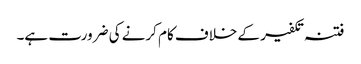
فتنہ تکفیر کے خلاف کام کرنے کی ضرورت ہے۔